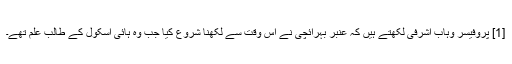
[1] پروفیسر وہاب اشرفی لکھتے ہیں کہ عنبر بہرائچی نے اس وقت سے لکھنا شروع کیا جب وہ ہائی اسکول کے طالب علم تھے۔